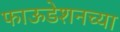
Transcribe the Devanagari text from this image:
फाऊडेशनच्या